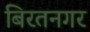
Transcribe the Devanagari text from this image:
बिरतनगर